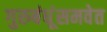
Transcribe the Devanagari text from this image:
गुरुबंधूंसमवेत